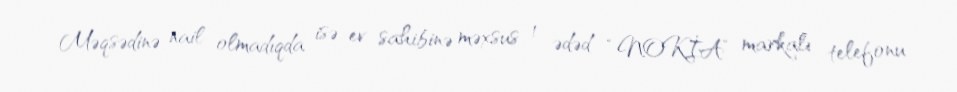
Məqsədinə nail olmadıqda isə ev sahibinə məxsus 1 ədəd “NOKİA” markalı telefonu